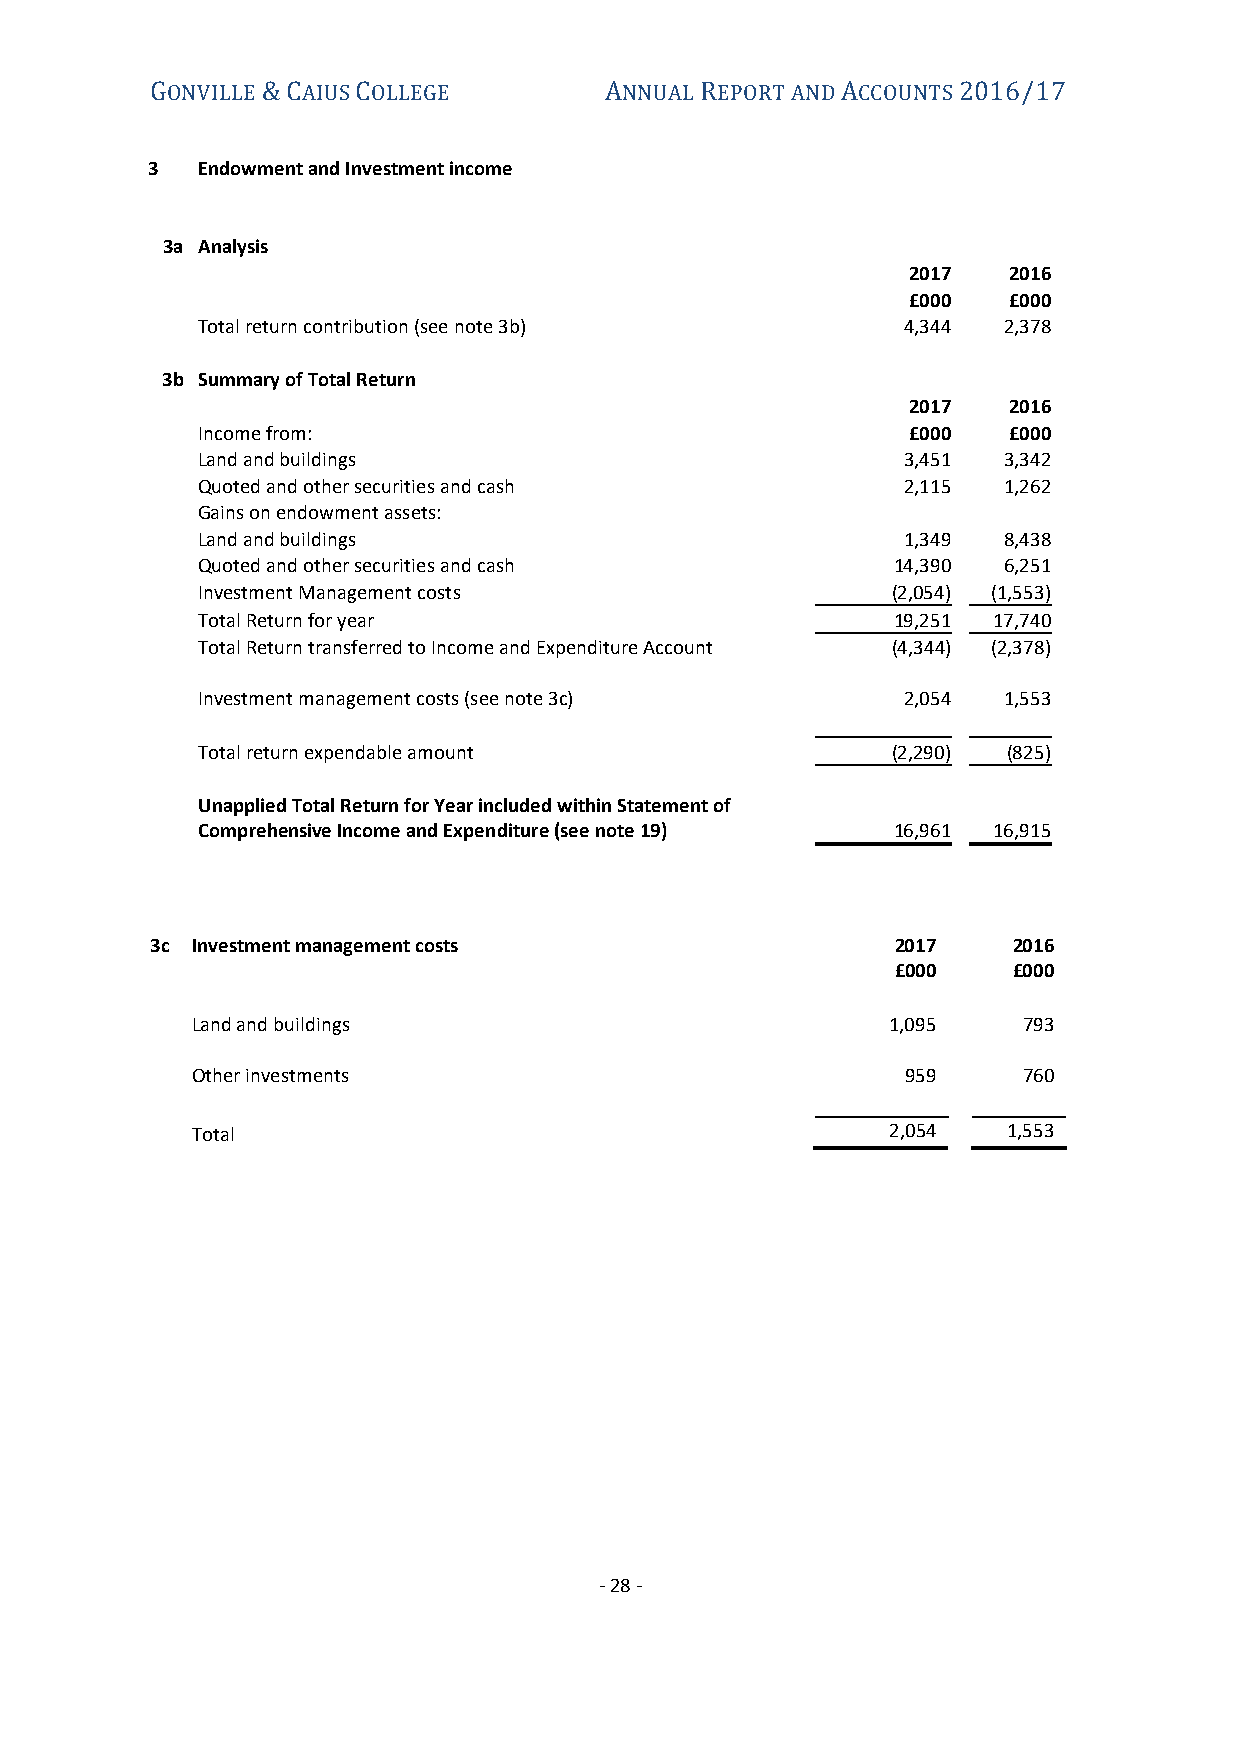
ONVILLE  AIUS OLLEGE          NNUAL EPORT AND CCOUNTS
 G      &C     C               A     R         A      2016/17
 3  Endowment and Investment income
 3a Analysis
 2017   2016
 £000   £000
 Total return contribution (see note 3b)        4,344 2,378
 3b Summary of Total Return
 2017   2016
 Income from:                                   £000   £000
 Land and buildings                             3,451 3,342
 Quoted and other securities and cash           2,115 1,262
 Gains on endowment assets:
 Land and buildings                             1,349 8,438
 Quoted and other securities and cash          14,390 6,251
 Investment Management costs                   (2,054) (1,553)
 Total Return for year                         19,251 17,740
 Total Return transferred to Income and Expenditure Account (4,344) (2,378)
 Investment management costs (see note 3c)      2,054 1,553
 Total return expendable amount                (2,290) (825)
 Unapplied Total Return for Year included within Statement of
 Comprehensive Income and Expenditure (see note 19) 16,961 16,915
 3c Investment management costs                   2017    2016
 £000    £000
 Land and buildings                            1,095    793
 Other investments                              959     760
 Total                                         2,054   1,553
 - 28 -